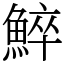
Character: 䱣